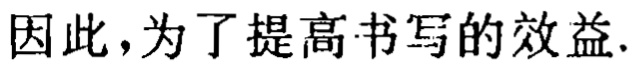
因此，为了提高书写的效益.